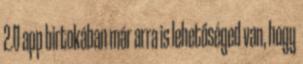
2.0 app birtokában már arra is lehetőséged van, hogy